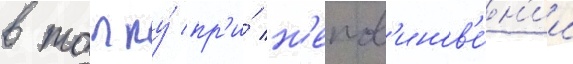
в толпу́ пр'и́ н'епов'инов'е́н'ии